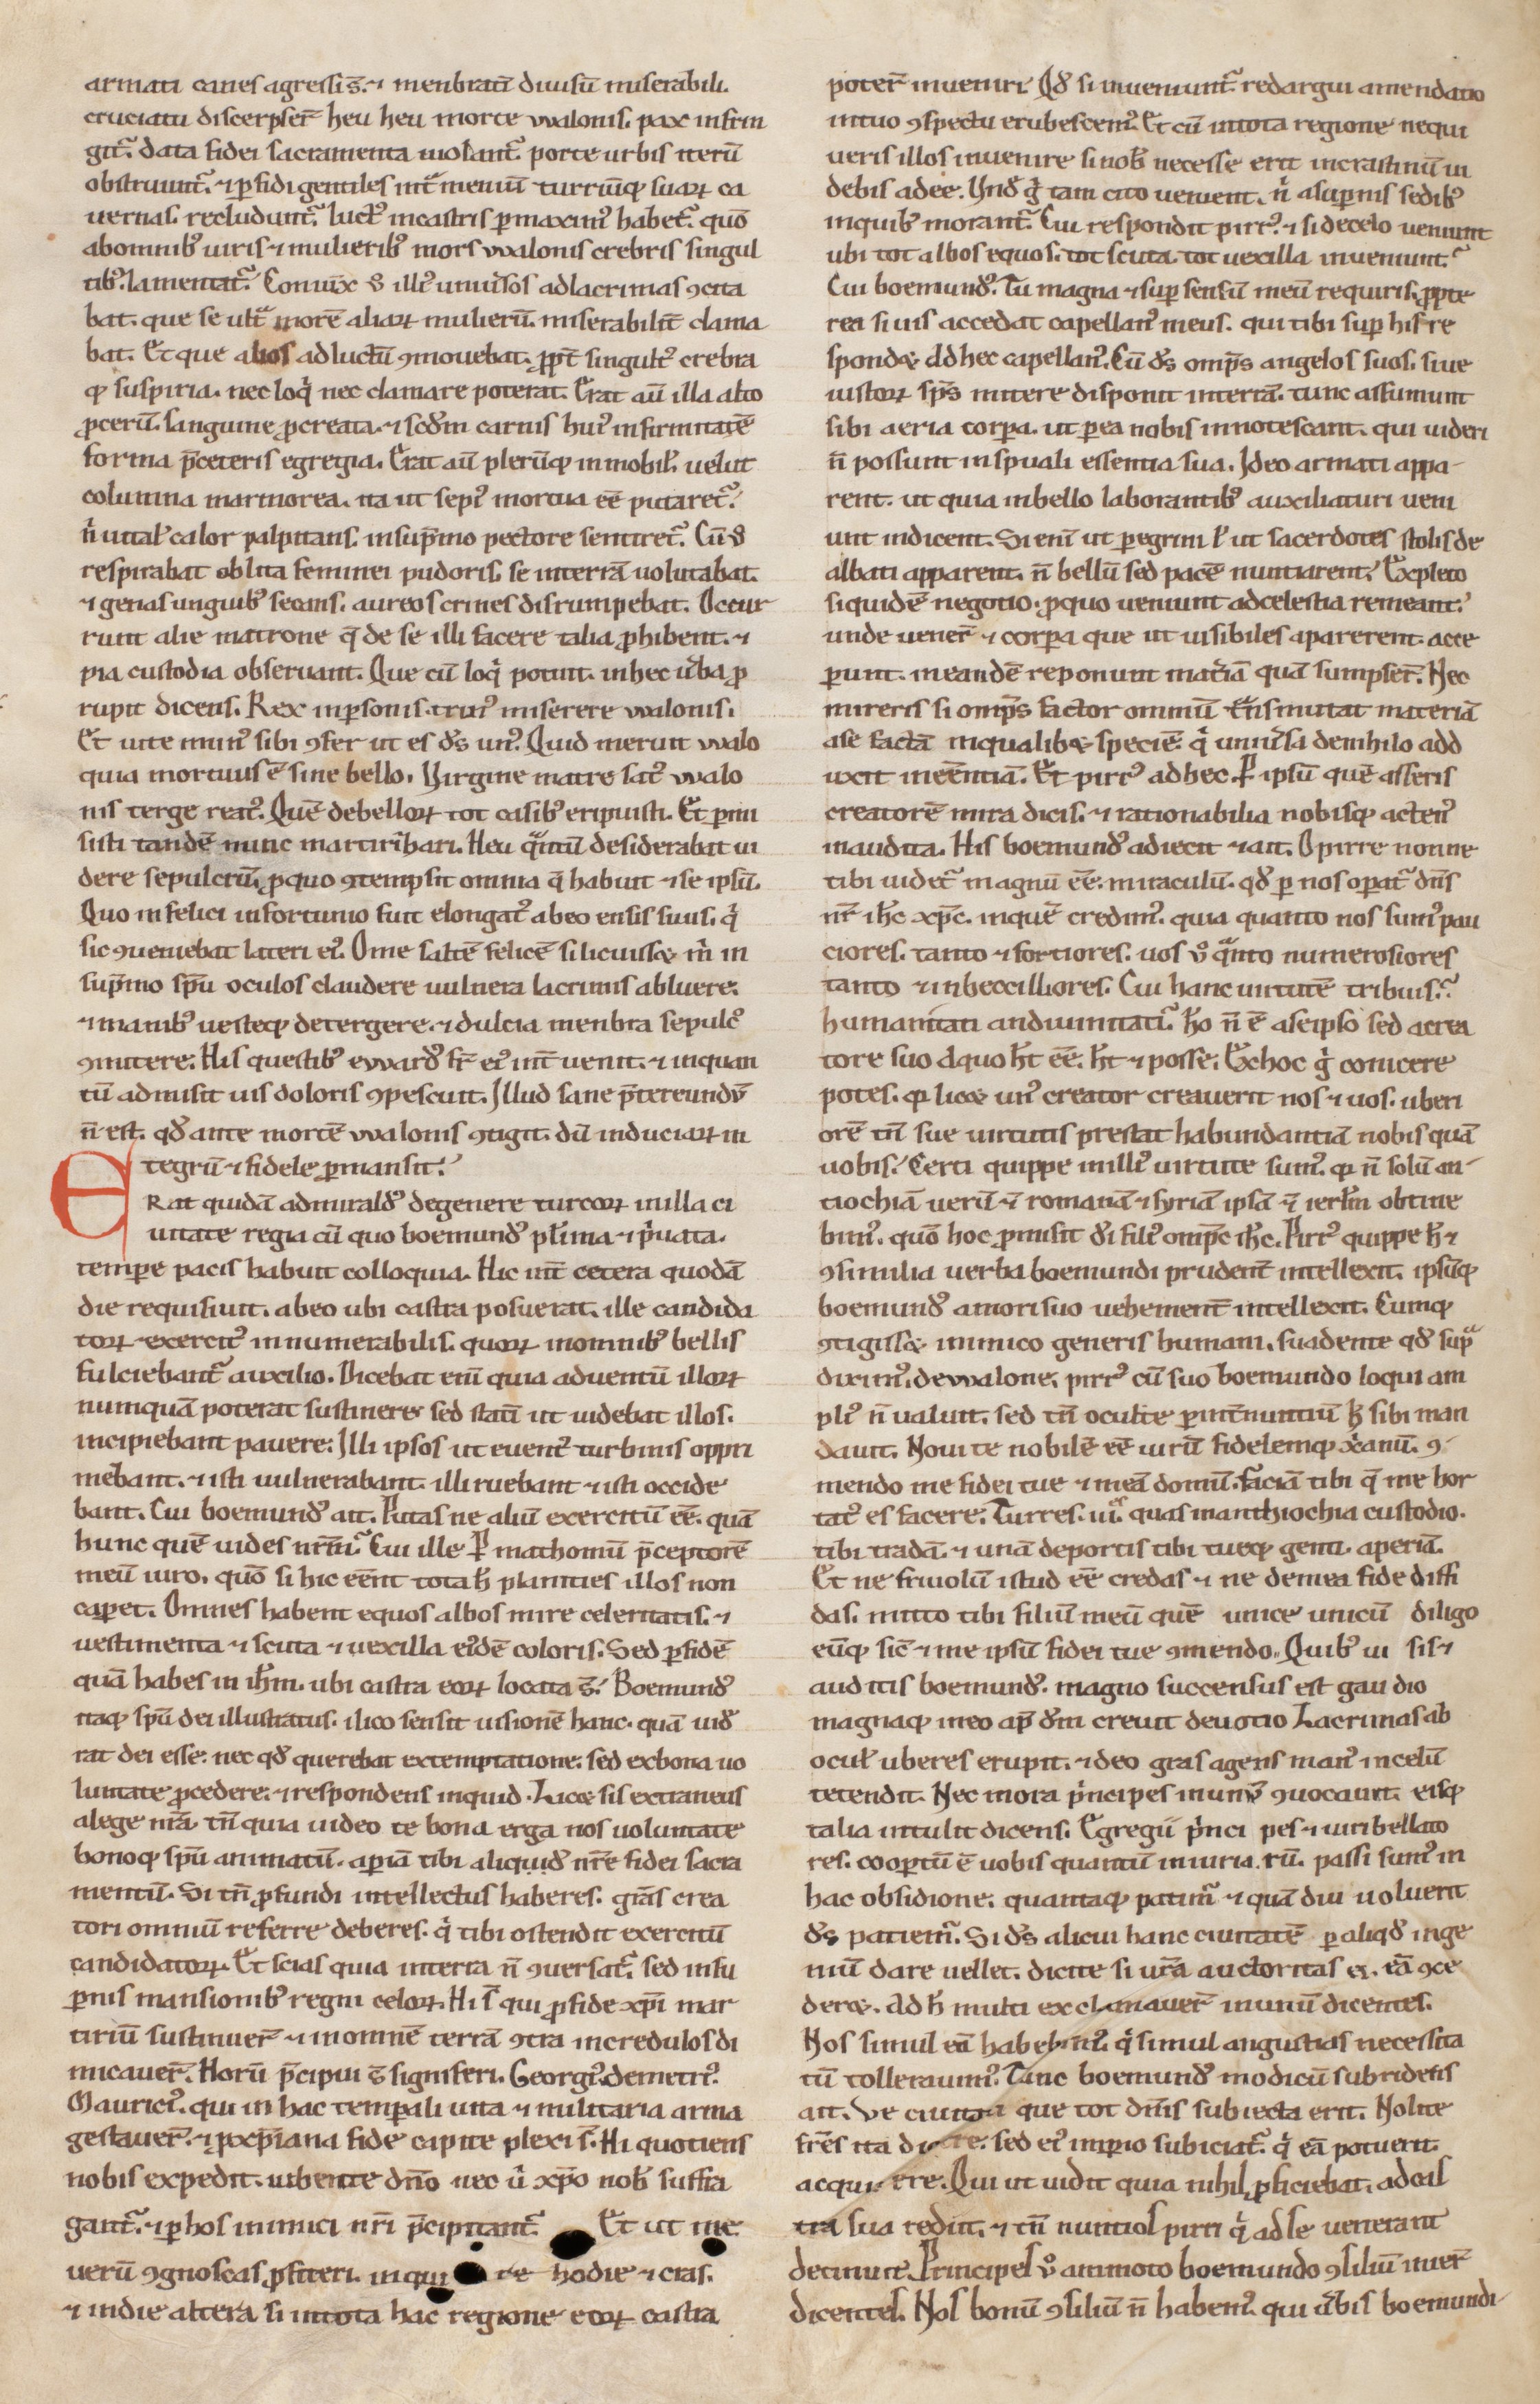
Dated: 1200–1299